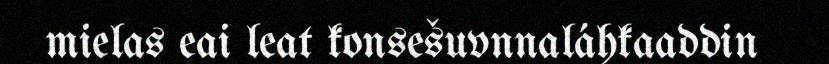
mielas eai leat konsešuvnnaláhkaaddin